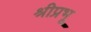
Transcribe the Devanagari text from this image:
श्रीप्रभू